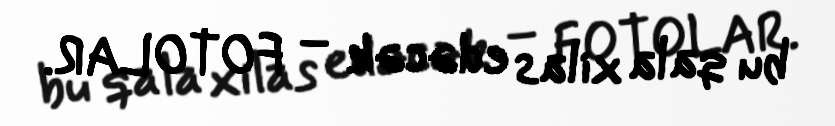
bu qala xilas edəcək – FOTOLAR.